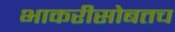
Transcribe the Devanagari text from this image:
भाकरीसोबतच